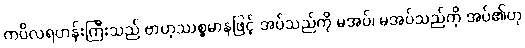
ကပိလရဟန်းကြီးသည် ဗာဟုဿစ္စမာနဖြင့် အပ်သည်ကို မအပ်၊ မအပ်သည်ကို အပ်၏ဟု